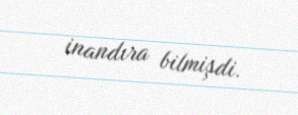
inandıra bilmişdi.